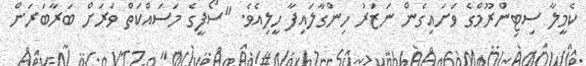
ކެމީލާ ސިޓިންރޫމްގެ ވަށައިގެން ނަޒަރު ހިންގާލައިފާ ހީލިއެވެ. "ސޯފީގެ މަސައްކަތް ވަރަށް ބަރާބަރަށް